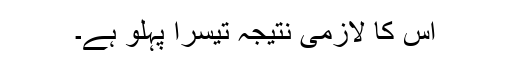
اس کا لازمی نتیجہ تیسرا پہلو ہے۔